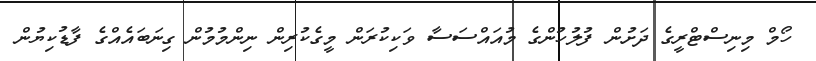
ހޯމް މިނިސްޓްރީގެ ދަށުން ފުލުހުންގެ މުއައްސަސާ ވަކިކުރަން މީގެކުރިން ނިންމުމުން ގިނަބައެއްގެ ފާޑުކިޔުން